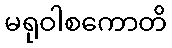
မရုဝါစကောတိ